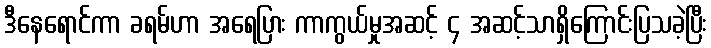
ဒီနေရောင်ကာ ခရမ်ဟာ အရေပြား ကာကွယ်မှုအဆင့် ၄ အဆင့်သာရှိကြောင်းပြသခဲ့ပြီး